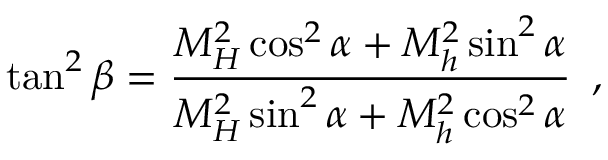
\tan ^ { 2 } \beta = \frac { M _ { H } ^ { 2 } \cos ^ { 2 } \alpha + M _ { h } ^ { 2 } \sin ^ { 2 } \alpha } { M _ { H } ^ { 2 } \sin ^ { 2 } \alpha + M _ { h } ^ { 2 } \cos ^ { 2 } \alpha } \enskip ,